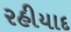
રહીયાદ